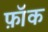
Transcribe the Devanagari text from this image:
फ़ॉक